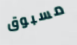
مسبوق